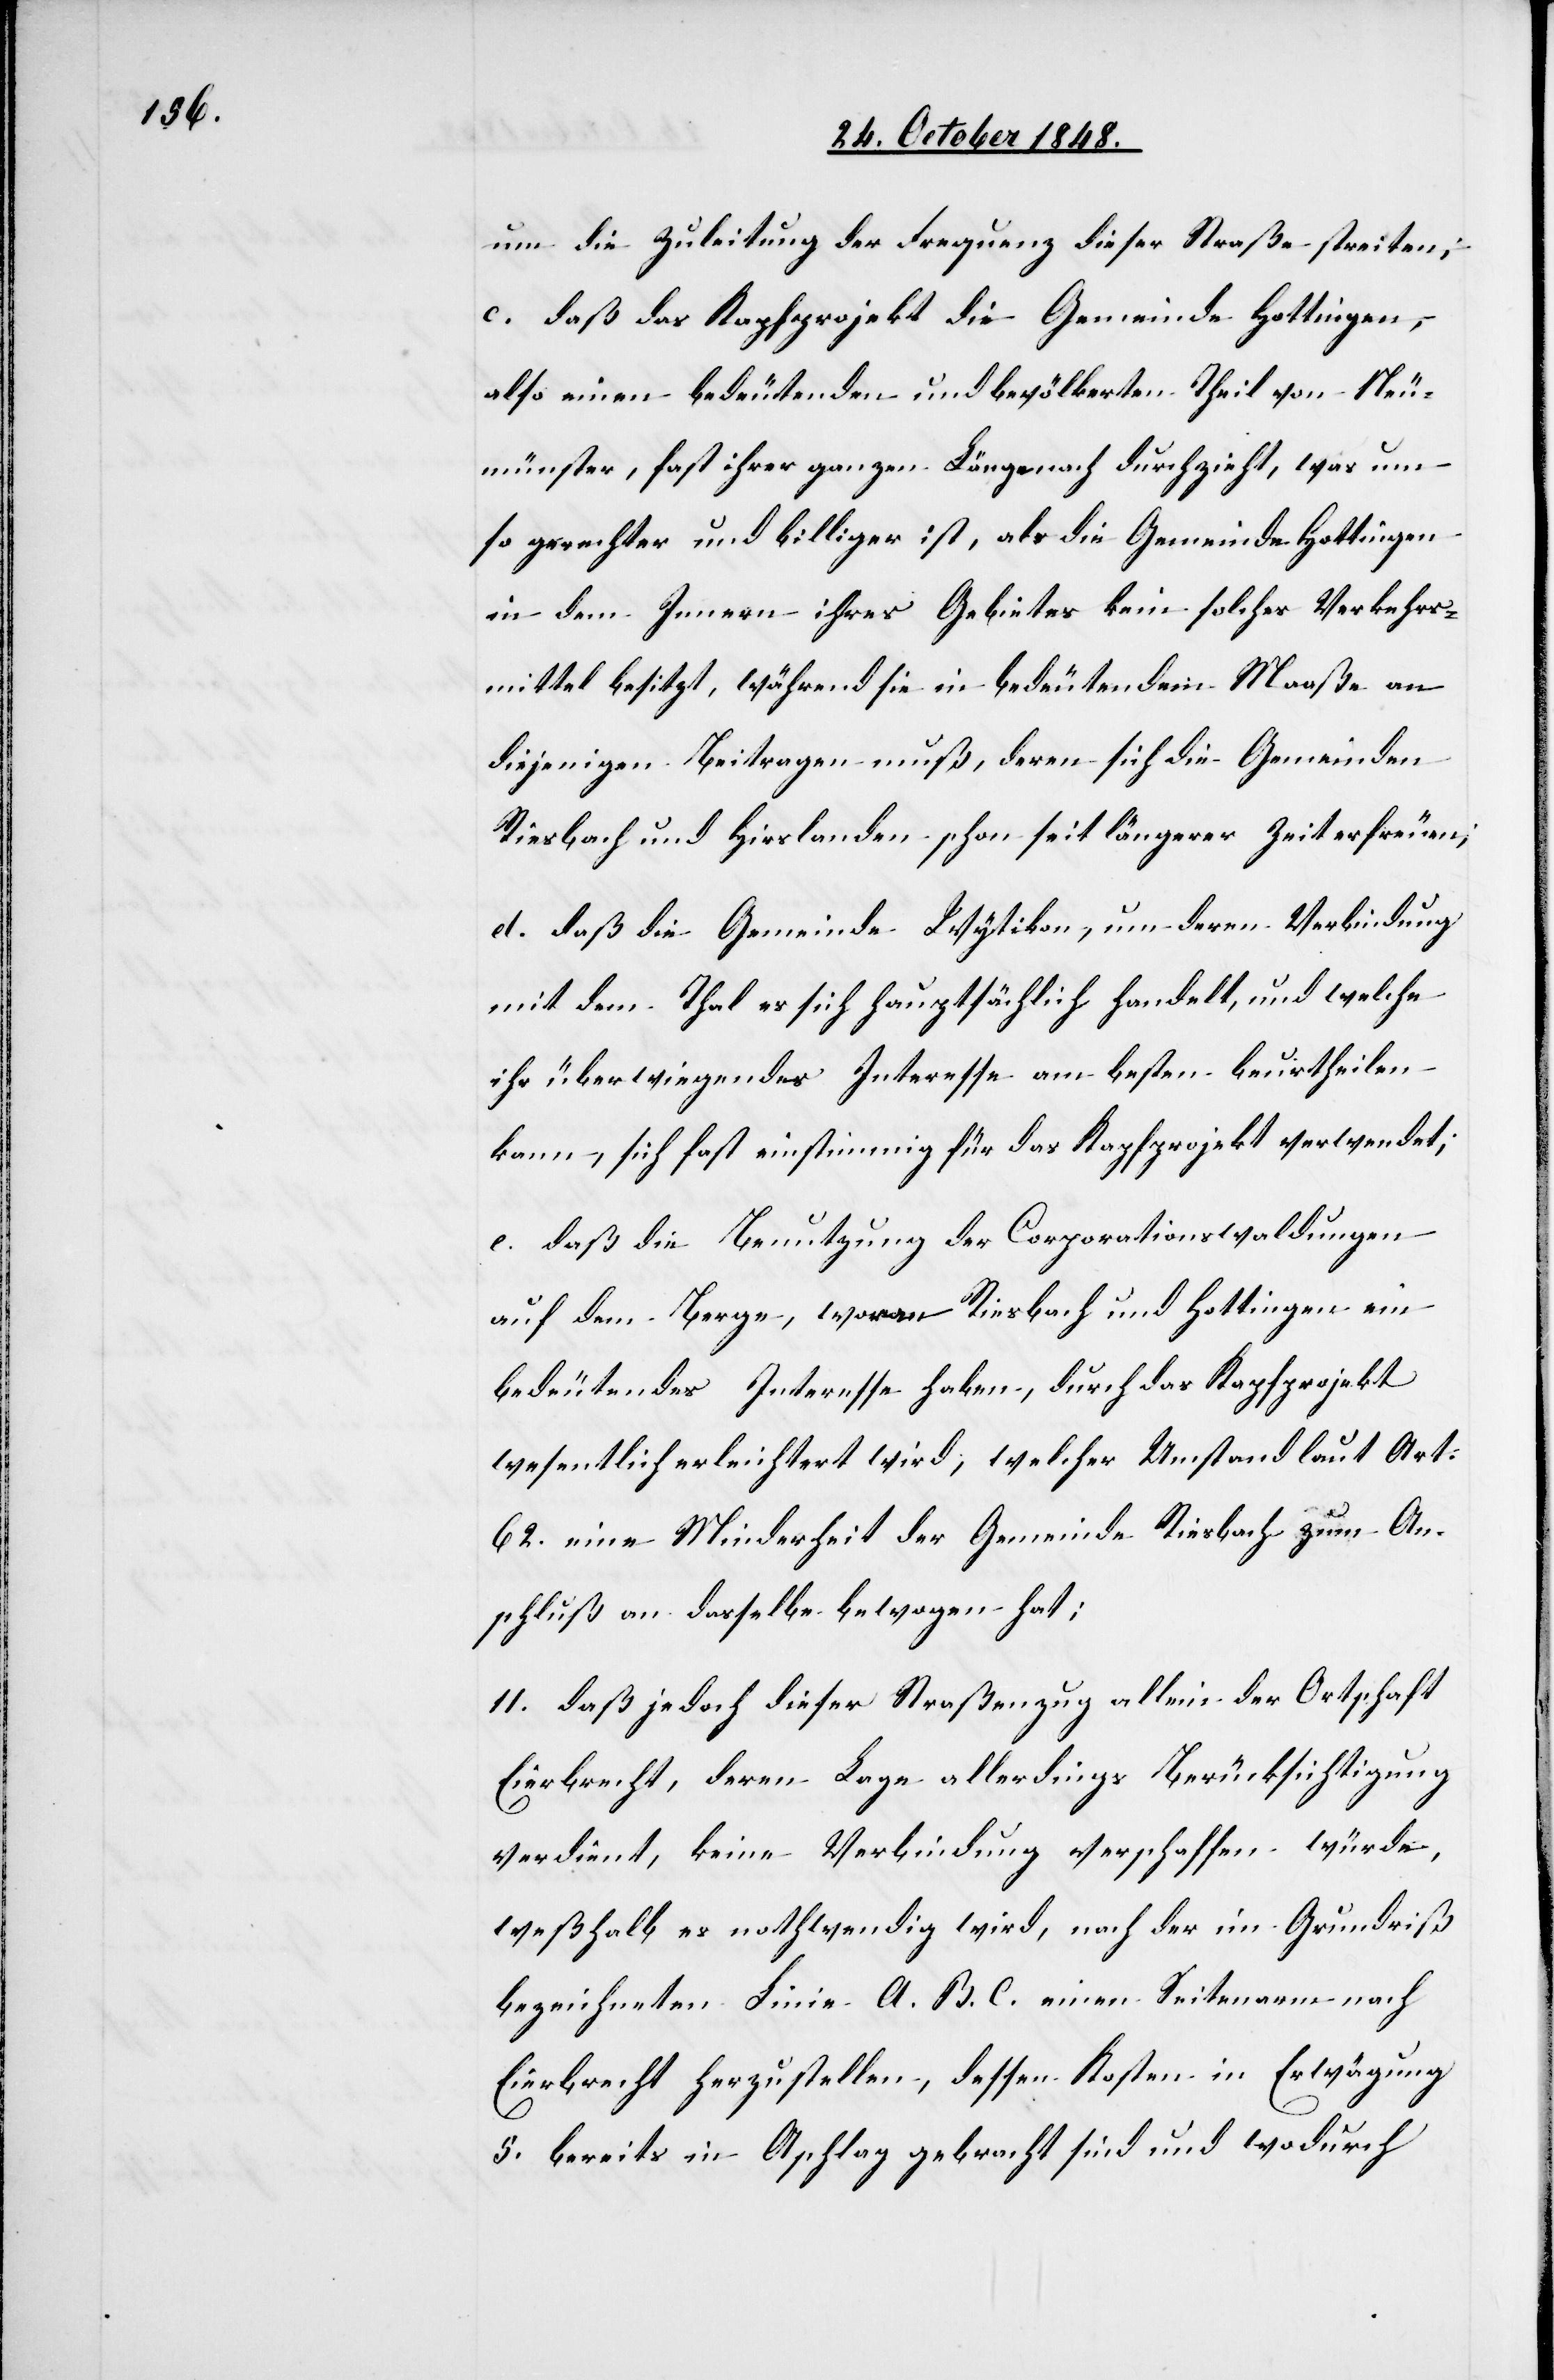
um die Zuleitung der Frequenz dieser Straße streiten;
c. daß das Kapfprojekt die Gemeinde Hottingen,
also einen bedeutenden und bevölkerten Theil von Neu¬
münster, fast ihrer ganzen Länge nach durchzieht, was um
so gerechter und billiger ist, als die Gemeinde Hottingen
in dem Innern ihres Gebietes kein solches Verkehrs¬
mittel besitzt, während sie in bedeutendem Maaße an
diejenigen Beitragen [sic!] muß, deren sich die Gemeinden
Riesbach und Hirslanden schon seit längere Zeit erfreuen;
d. daß die Gemeinde Wytikon, um deren Verbindung
mit dem Thal es sich hauptsächlich handelt, und welche
ihr überwiegendes Interesse am besten beurtheilen
kann, sich fast einstimmig für das Kapfprojekt verwendet;
e. daß die Benutzung der Corporationswaldungen
auf dem Berge, woran Riesbach und Hottingen ein
bedeutendes Interesse haben, durch das Kapfprojekt
wesentlich erleichtert wird, welcher Umstand laut Art.
62. eine Minderheit der Gemeinde Riesbach zum An¬
schluß an dasselbe bewogen hat;
11. daß jedoch dieser Straßenzug allein der Ortschaft
Eierbrecht, deren Lage allerdings Berücksichtigung
verdient, keine Verbindung verschaffen würde,
weßhalb es nothwendig wird, nach der im Grundriß
bezeichneten Linie A. B. C. einen Seitenarm nach
Eierbrecht herzustellen, dessen Kosten in Erwägung
5. bereits in A[n]schlag gebracht sind und wodurch